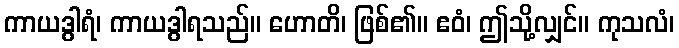
ကာယဒွါရံ၊ ကာယဒွါရသည်။ ဟောတိ၊ ဖြစ်၏။ ဧဝံ၊ ဤသို့လျှင်။ ကုသလံ၊